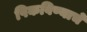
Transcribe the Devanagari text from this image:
पिकविण्याचे